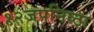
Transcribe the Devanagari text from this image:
१२जपनिष्ठा